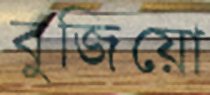
বুজিয়ো